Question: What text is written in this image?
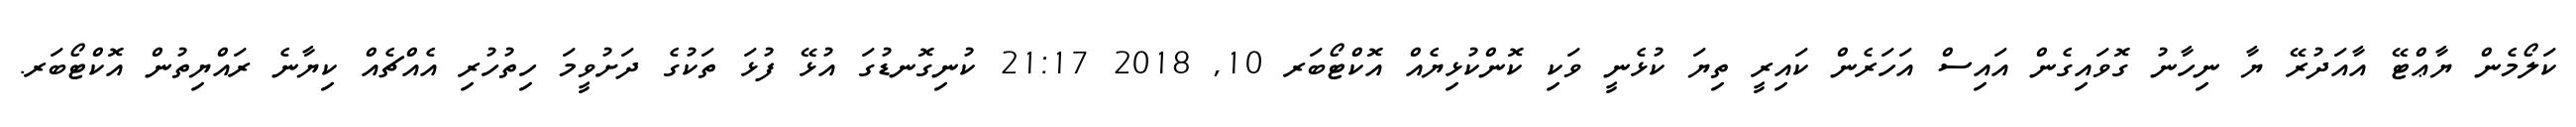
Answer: ކަލޯމެން ޔާޢްޓޭ އާއަދުރޭ ޔާ ނިހާނު ގޮވައިގެން އައިސް އަހަރެން ކައިރީ ތިޔަ ކުޅެނީ ވަކި ކޮންކުޅިޔެއް އޮކްޓޯބަރ 10, 2018 21:17 ކުނިގޮނޑުގަ އުޅޭ ފުޅަ ތަކުގެ ދަށުވީމަ ހިތުހުރި އެއްޗެއް ކިޔާނެ ރައްޔިތުން އޮކްޓޯބަރ.